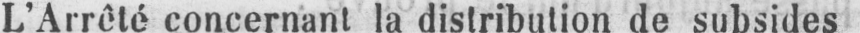
L’Arrêté concernant la distribution de subsides